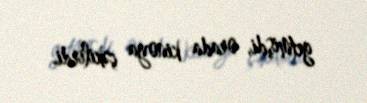
getmişdi, orada kinoya çəkilirdi.